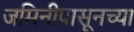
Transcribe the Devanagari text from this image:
जमिनीपासूनच्या